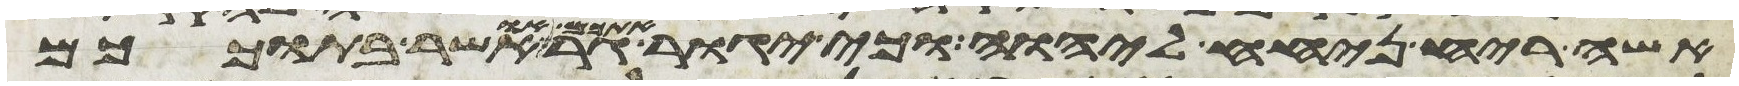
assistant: אשה ריח ניחח ליהוה וכי יגור אתכם גר או אשר בתוככם